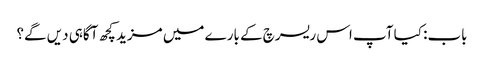
باب: کیا آپ اس ریسرچ کے بارے میں مزید کچھ آگاہی دیں گے؟